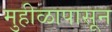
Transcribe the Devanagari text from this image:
मुहीळापासून